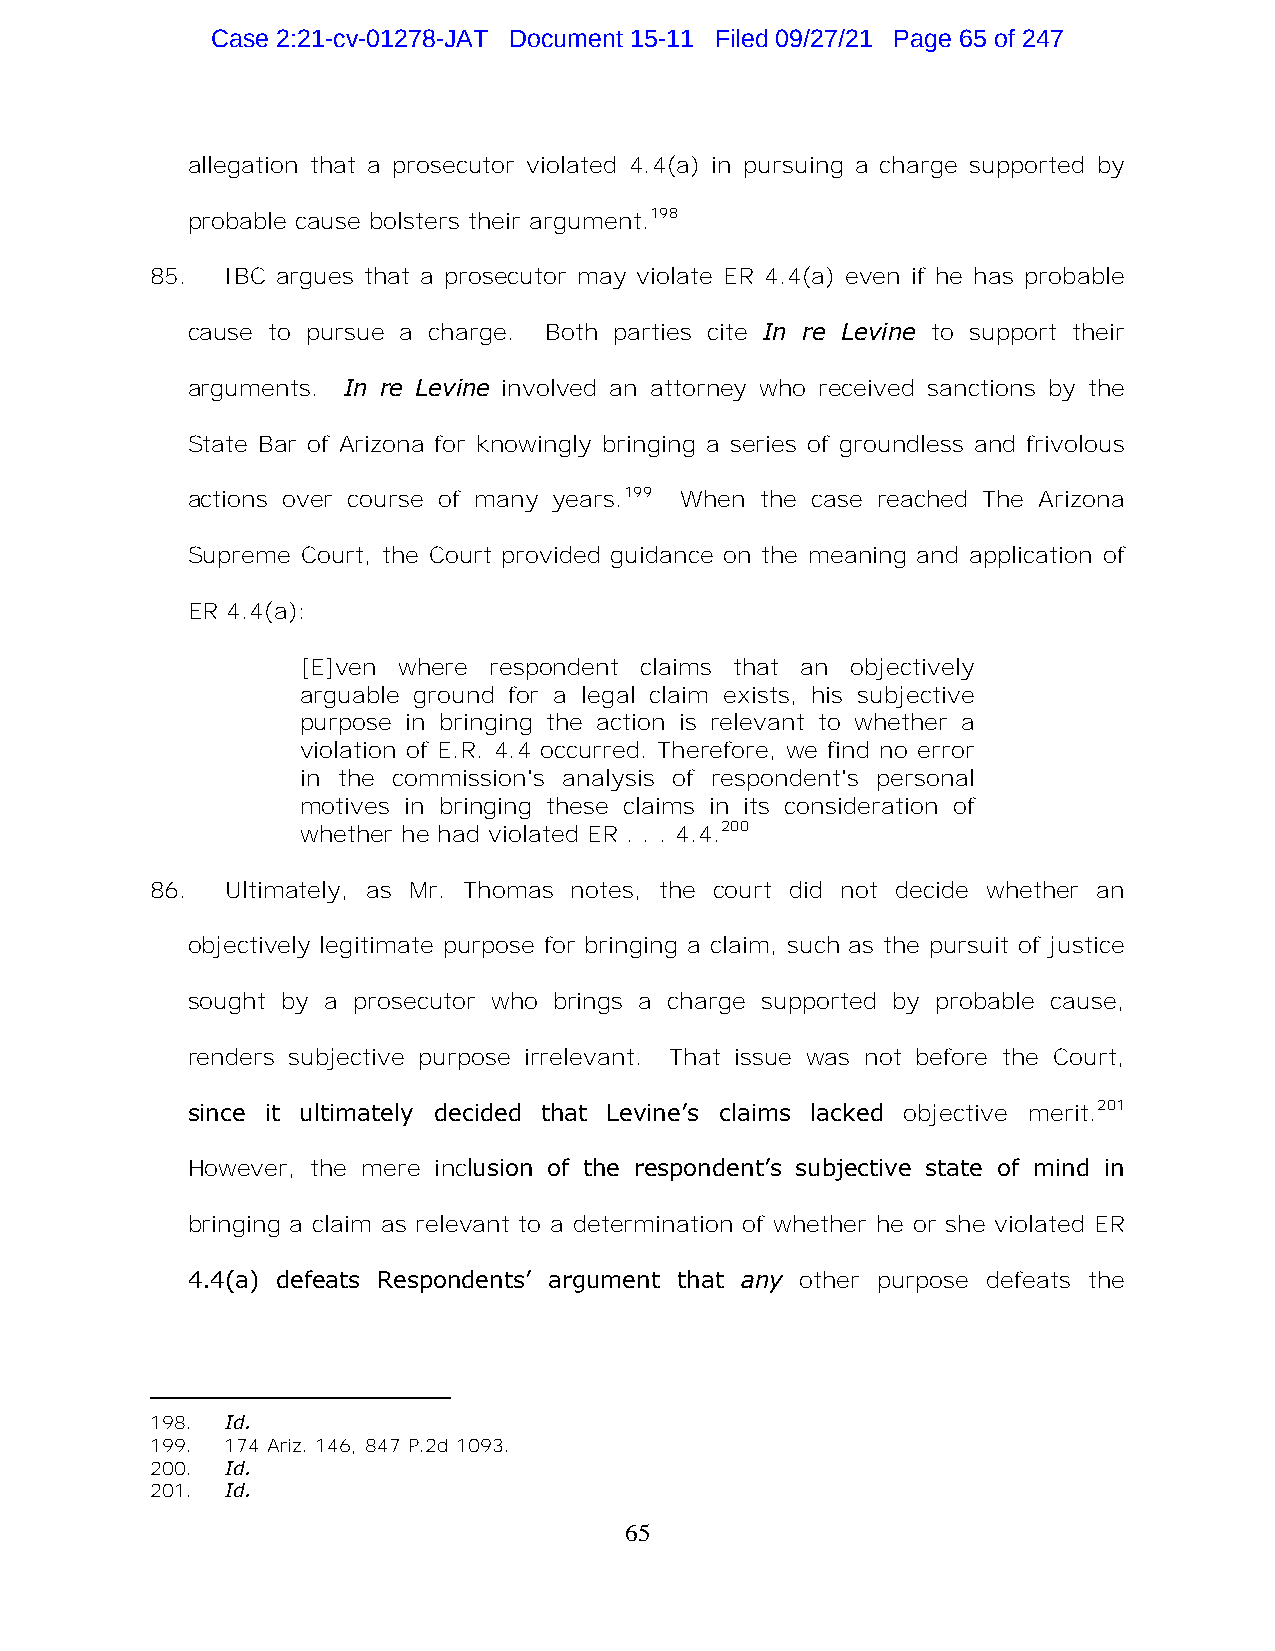
Case 2:21-cv-01278-JAT Document 15-11 Filed 09/27/21 Page 65 of 247
 allegation that a prosecutor violated 4.4(a) in pursuing a charge supported by
 probable cause bolsters their argument.198
 85.  IBC argues that a prosecutor may violate ER 4.4(a) even if he has probable
 cause to pursue a charge. Both parties cite In re Levine to support their
 arguments. In re Levine involved an attorney who received sanctions by the
 State Bar of Arizona for knowingly bringing a series of groundless and frivolous
 actions over course of many years.199 When the case reached The Arizona
 Supreme Court, the Court provided guidance on the meaning and application of
 ER 4.4(a):
 [E]ven where respondent claims that an objectively
 arguable ground for a legal claim exists, his subjective
 purpose in bringing the action is relevant to whether a
 violation of E.R. 4.4 occurred. Therefore, we find no error
 in the commission's analysis of respondent's personal
 motives in bringing these claims in its consideration of
 whether he had violated ER . . . 4.4.200
 86.  Ultimately, as Mr. Thomas notes, the court did not decide whether an
 objectively legitimate purpose for bringing a claim, such as the pursuit of justice
 sought by a prosecutor who brings a charge supported by probable cause,
 renders subjective purpose irrelevant. That issue was not before the Court,
 since it ultimately decided that Levine’s claims lacked objective merit.201
 However, the mere inclusion of the respondent’s subjective state of mind in
 bringing a claim as relevant to a determination of whether he or she violated ER
 4.4(a) defeats Respondents’ argument that any other purpose defeats the
 198. Id.
 199. 174 Ariz. 146, 847 P.2d 1093.
 200. Id.
 201. Id.
 65